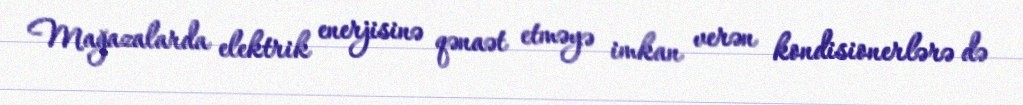
Mağazalarda elektrik enerjisinə qənaət etməyə imkan verən kondisionerlərə də